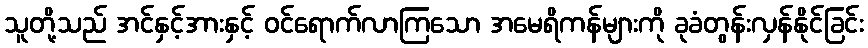
သူတို့သည် အင်နှင့်အားနှင့် ဝင်ရောက်လာကြသော အမေရိကန်များကို ခုခံတွန်းလှန်နိုင်ခြင်း